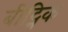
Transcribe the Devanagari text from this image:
बीट्निक